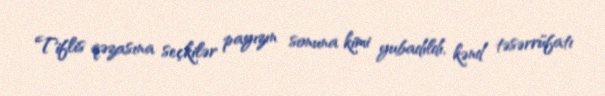
Tiflis qəzasına seçkilər payızın sonuna kimi yubadıldı, kənd təsərrüfatı